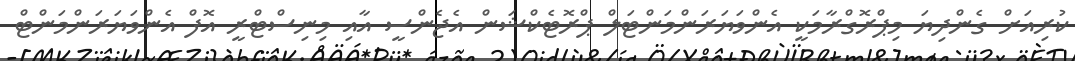
ކުރިއަށް ގެންދިޔަ މިޕްރޮގްރާމަކީ އެންވަޔަރަންމަންޓަލް ޕްރޮޓެކްޝަން އެޖެންސީ އާއި މިނިސްޓްރީ އޮފް އެންވަޔަރަންމަންޓް